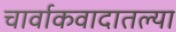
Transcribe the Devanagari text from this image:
चार्वाकवादातल्या